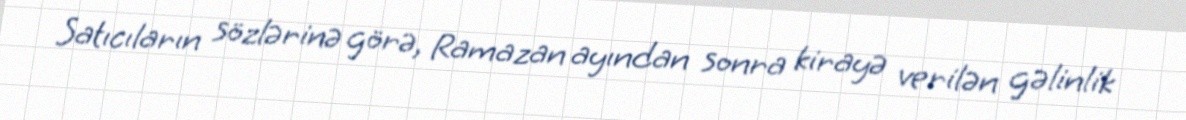
Satıcıların sözlərinə görə, Ramazan ayından sonra kirayə verilən gəlinlik